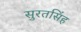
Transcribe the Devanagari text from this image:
सुरतसिंह